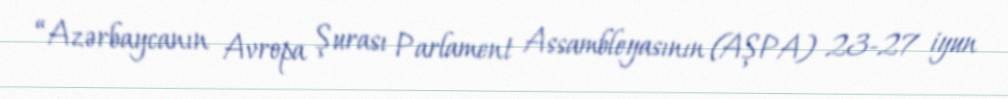
“Azərbaycanın Avropa Şurası Parlament Assambleyasının (AŞPA) 23-27 iyun